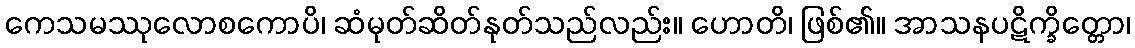
ကေသမဿုလောစကောပိ၊ ဆံမုတ်ဆိတ်နုတ်သည်လည်း။ ဟောတိ၊ ဖြစ်၏။ အာသနပဋိက္ခိတ္တော၊